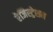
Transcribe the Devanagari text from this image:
रेजिस्ट्रेशन